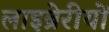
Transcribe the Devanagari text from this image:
लाइब्रेरीयों